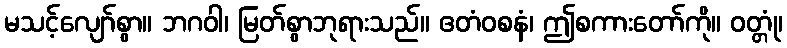
မသင့်လျော်စွာ။ ဘဂဝါ၊ မြတ်စွာဘုရားသည်။ ဧတံဝစနံ၊ ဤစကားတော်ကို။ ဝတ္တုံ၊